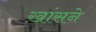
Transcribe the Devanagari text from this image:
ख़ांसने